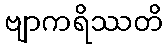
ဗျာကရိဿတိ